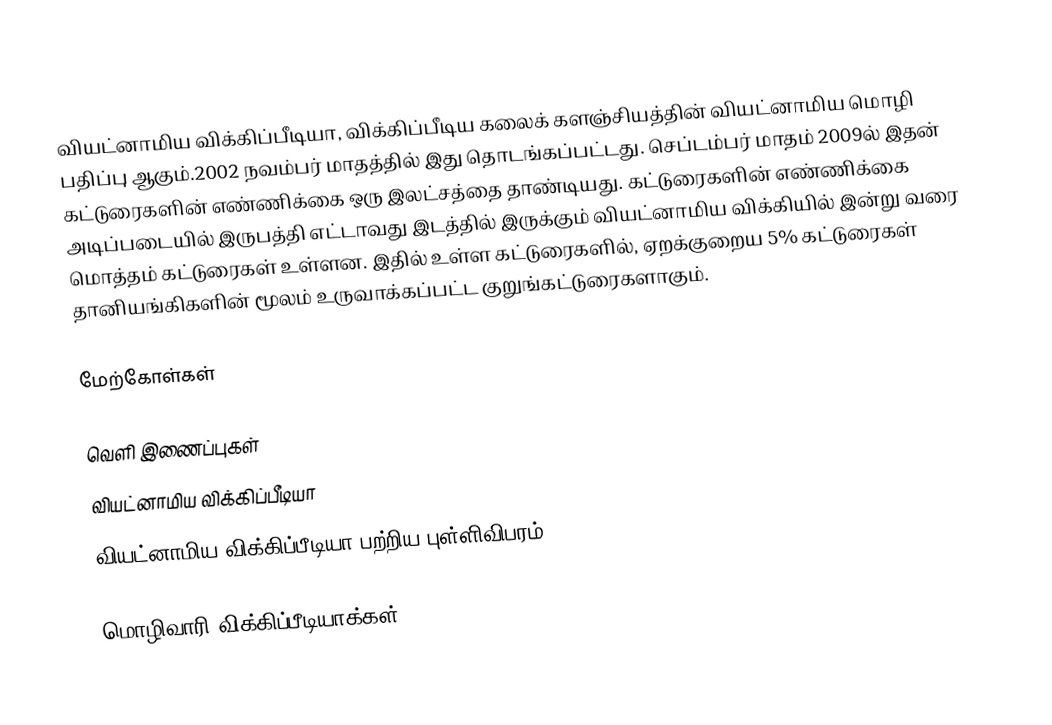
வியட்னாமிய விக்கிப்பீடியா, விக்கிப்பீடிய கலைக் களஞ்சியத்தின் வியட்னாமிய மொழி பதிப்பு ஆகும்.2002 நவம்பர் மாதத்தில் இது தொடங்கப்பட்டது. செப்டம்பர் மாதம் 2009ல் இதன் கட்டுரைகளின் எண்ணிக்கை ஒரு இலட்சத்தை தாண்டியது. கட்டுரைகளின் எண்ணிக்கை அடிப்படையில் இருபத்தி எட்டாவது இடத்தில் இருக்கும் வியட்னாமிய விக்கியில் இன்று வரை மொத்தம் கட்டுரைகள் உள்ளன. இதில் உள்ள கட்டுரைகளில், ஏறக்குறைய 5% கட்டுரைகள் தானியங்கிகளின் மூலம் உருவாக்கப்பட்ட குறுங்கட்டுரைகளாகும்.

மேற்கோள்கள்

வெளி இணைப்புகள்
வியட்னாமிய விக்கிப்பீடியா
வியட்னாமிய விக்கிப்பீடியா பற்றிய புள்ளிவிபரம்

மொழிவாரி விக்கிப்பீடியாக்கள்